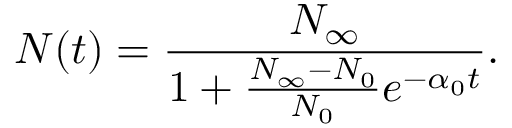
N ( t ) = \frac { N _ { \infty } } { 1 + \frac { N _ { \infty } - N _ { 0 } } { N _ { 0 } } e ^ { - \alpha _ { 0 } t } } .